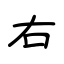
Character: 右